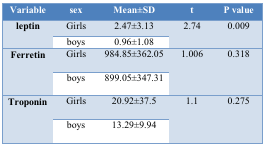
<table><thead><tr><td><b>Variable</b></td><td><b>sex</b></td><td><b>Mean±SD</b></td><td><b>t</b></td><td><b>P value</b></td></tr></thead><tbody><tr><td rowspan="2"><b>leptin</b></td><td>Girls</td><td>2.47±3.13</td><td rowspan="2">2.74</td><td rowspan="2">0.009</td></tr><tr><td>boys</td><td>0.96±1.08</td></tr><tr><td rowspan="2"><b>Ferretin</b></td><td>Girls</td><td>984.85±362.05</td><td rowspan="2">1.006</td><td rowspan="2">0.318</td></tr><tr><td>boys</td><td>899.05±347.31</td></tr><tr><td rowspan="2"><b>Troponin</b></td><td>Girls</td><td>20.92±37.5</td><td rowspan="2">1.1</td><td rowspan="2">0.275</td></tr><tr><td>boys</td><td>13.29±9.94</td></tr></tbody></table>